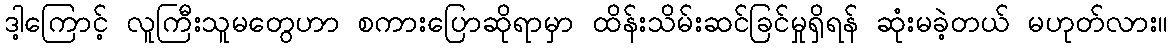
ဒါ့ကြောင့် လူကြီးသူမတွေဟာ စကားပြောဆိုရာမှာ ထိန်းသိမ်းဆင်ခြင်မှုရှိရန် ဆုံးမခဲ့တယ် မဟုတ်လား။